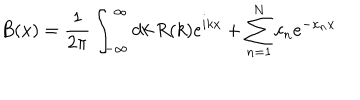
LaTeX: B ( x ) = { \frac { 1 } { 2 \pi } } \int _ { - \infty } ^ { \infty } d k \, R ( k ) e ^ { i k x } + \sum _ { n = 1 } ^ { N } c _ { n } e ^ { - \kappa _ { n } x }